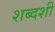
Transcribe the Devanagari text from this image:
शब्दशी